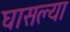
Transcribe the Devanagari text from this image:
घासल्या